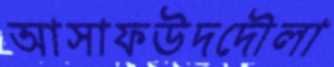
আসাফউদদৌলা